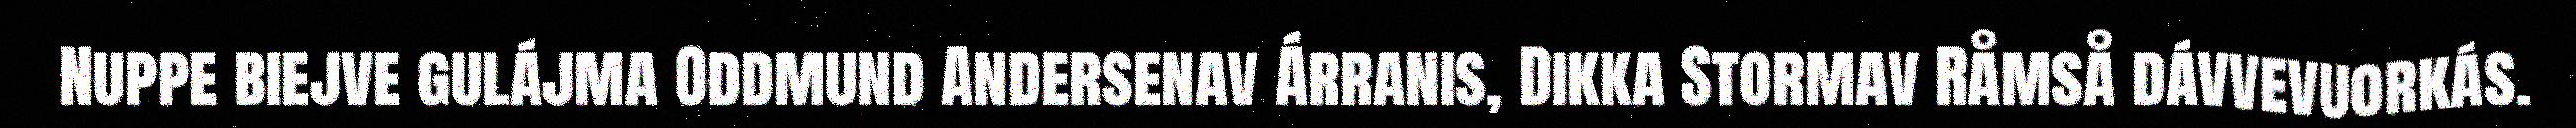
Nuppe biejve gulájma Oddmund Andersenav Árranis, Dikka Stormav Råmså dávvevuorkás.